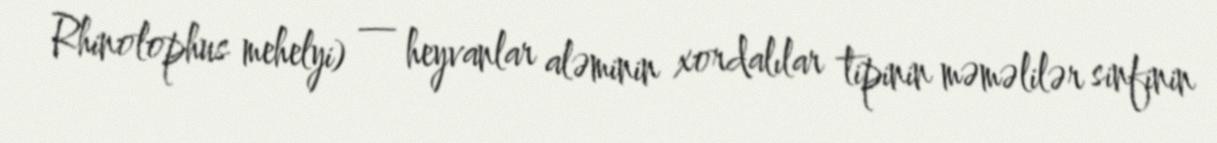
Rhinolophus mehelyi) — heyvanlar aləminin xordalılar tipinin məməlilər sinfinin